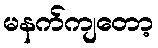
မနက်ကျတော့